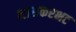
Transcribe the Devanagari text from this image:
भासकरभट